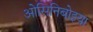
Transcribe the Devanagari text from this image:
ओसिनिबोइया